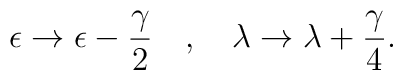
\epsilon \rightarrow \epsilon - \frac{\gamma}{2} \ \ \ , \ \ \  \lambda \rightarrow \lambda + \frac{\gamma}{4} .